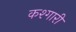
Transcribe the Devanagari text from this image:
कश्गारी